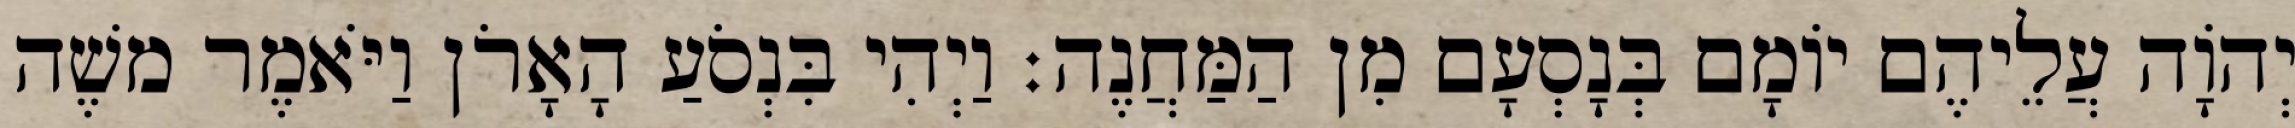
יְהוָֹה עֲלֵיהֶם יוֹמָם בְּנָסְעָם מִן הַמַּחֲנֶה׃ וַיְהִי בִּנְסֹעַ הָאָרֹן וַיֹּאמֶר משֶׁה